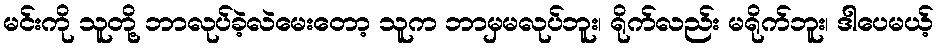
မင်းကို သူတို့ ဘာလုပ်ခဲ့လဲမေးတော့ သူက ဘာမှမလုပ်ဘူး၊ ရိုက်လည်း မရိုက်ဘူး၊ ဒါပေမယ့်